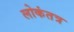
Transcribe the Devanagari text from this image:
लोकंतत्र